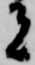
者